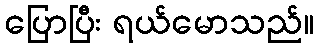
ပြောပြီး ရယ်မောသည်။